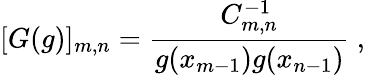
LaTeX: [G(g)]_{m,n}=\frac{C_{m,n}^{-1}}{g(x_{m-1})g(x_{n-1})}\ ,